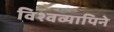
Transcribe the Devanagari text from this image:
विश्वव्यापिने